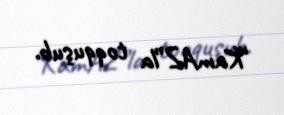
“KamAZ”la toqquşub.